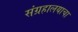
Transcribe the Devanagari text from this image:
संग्रहालयाचा